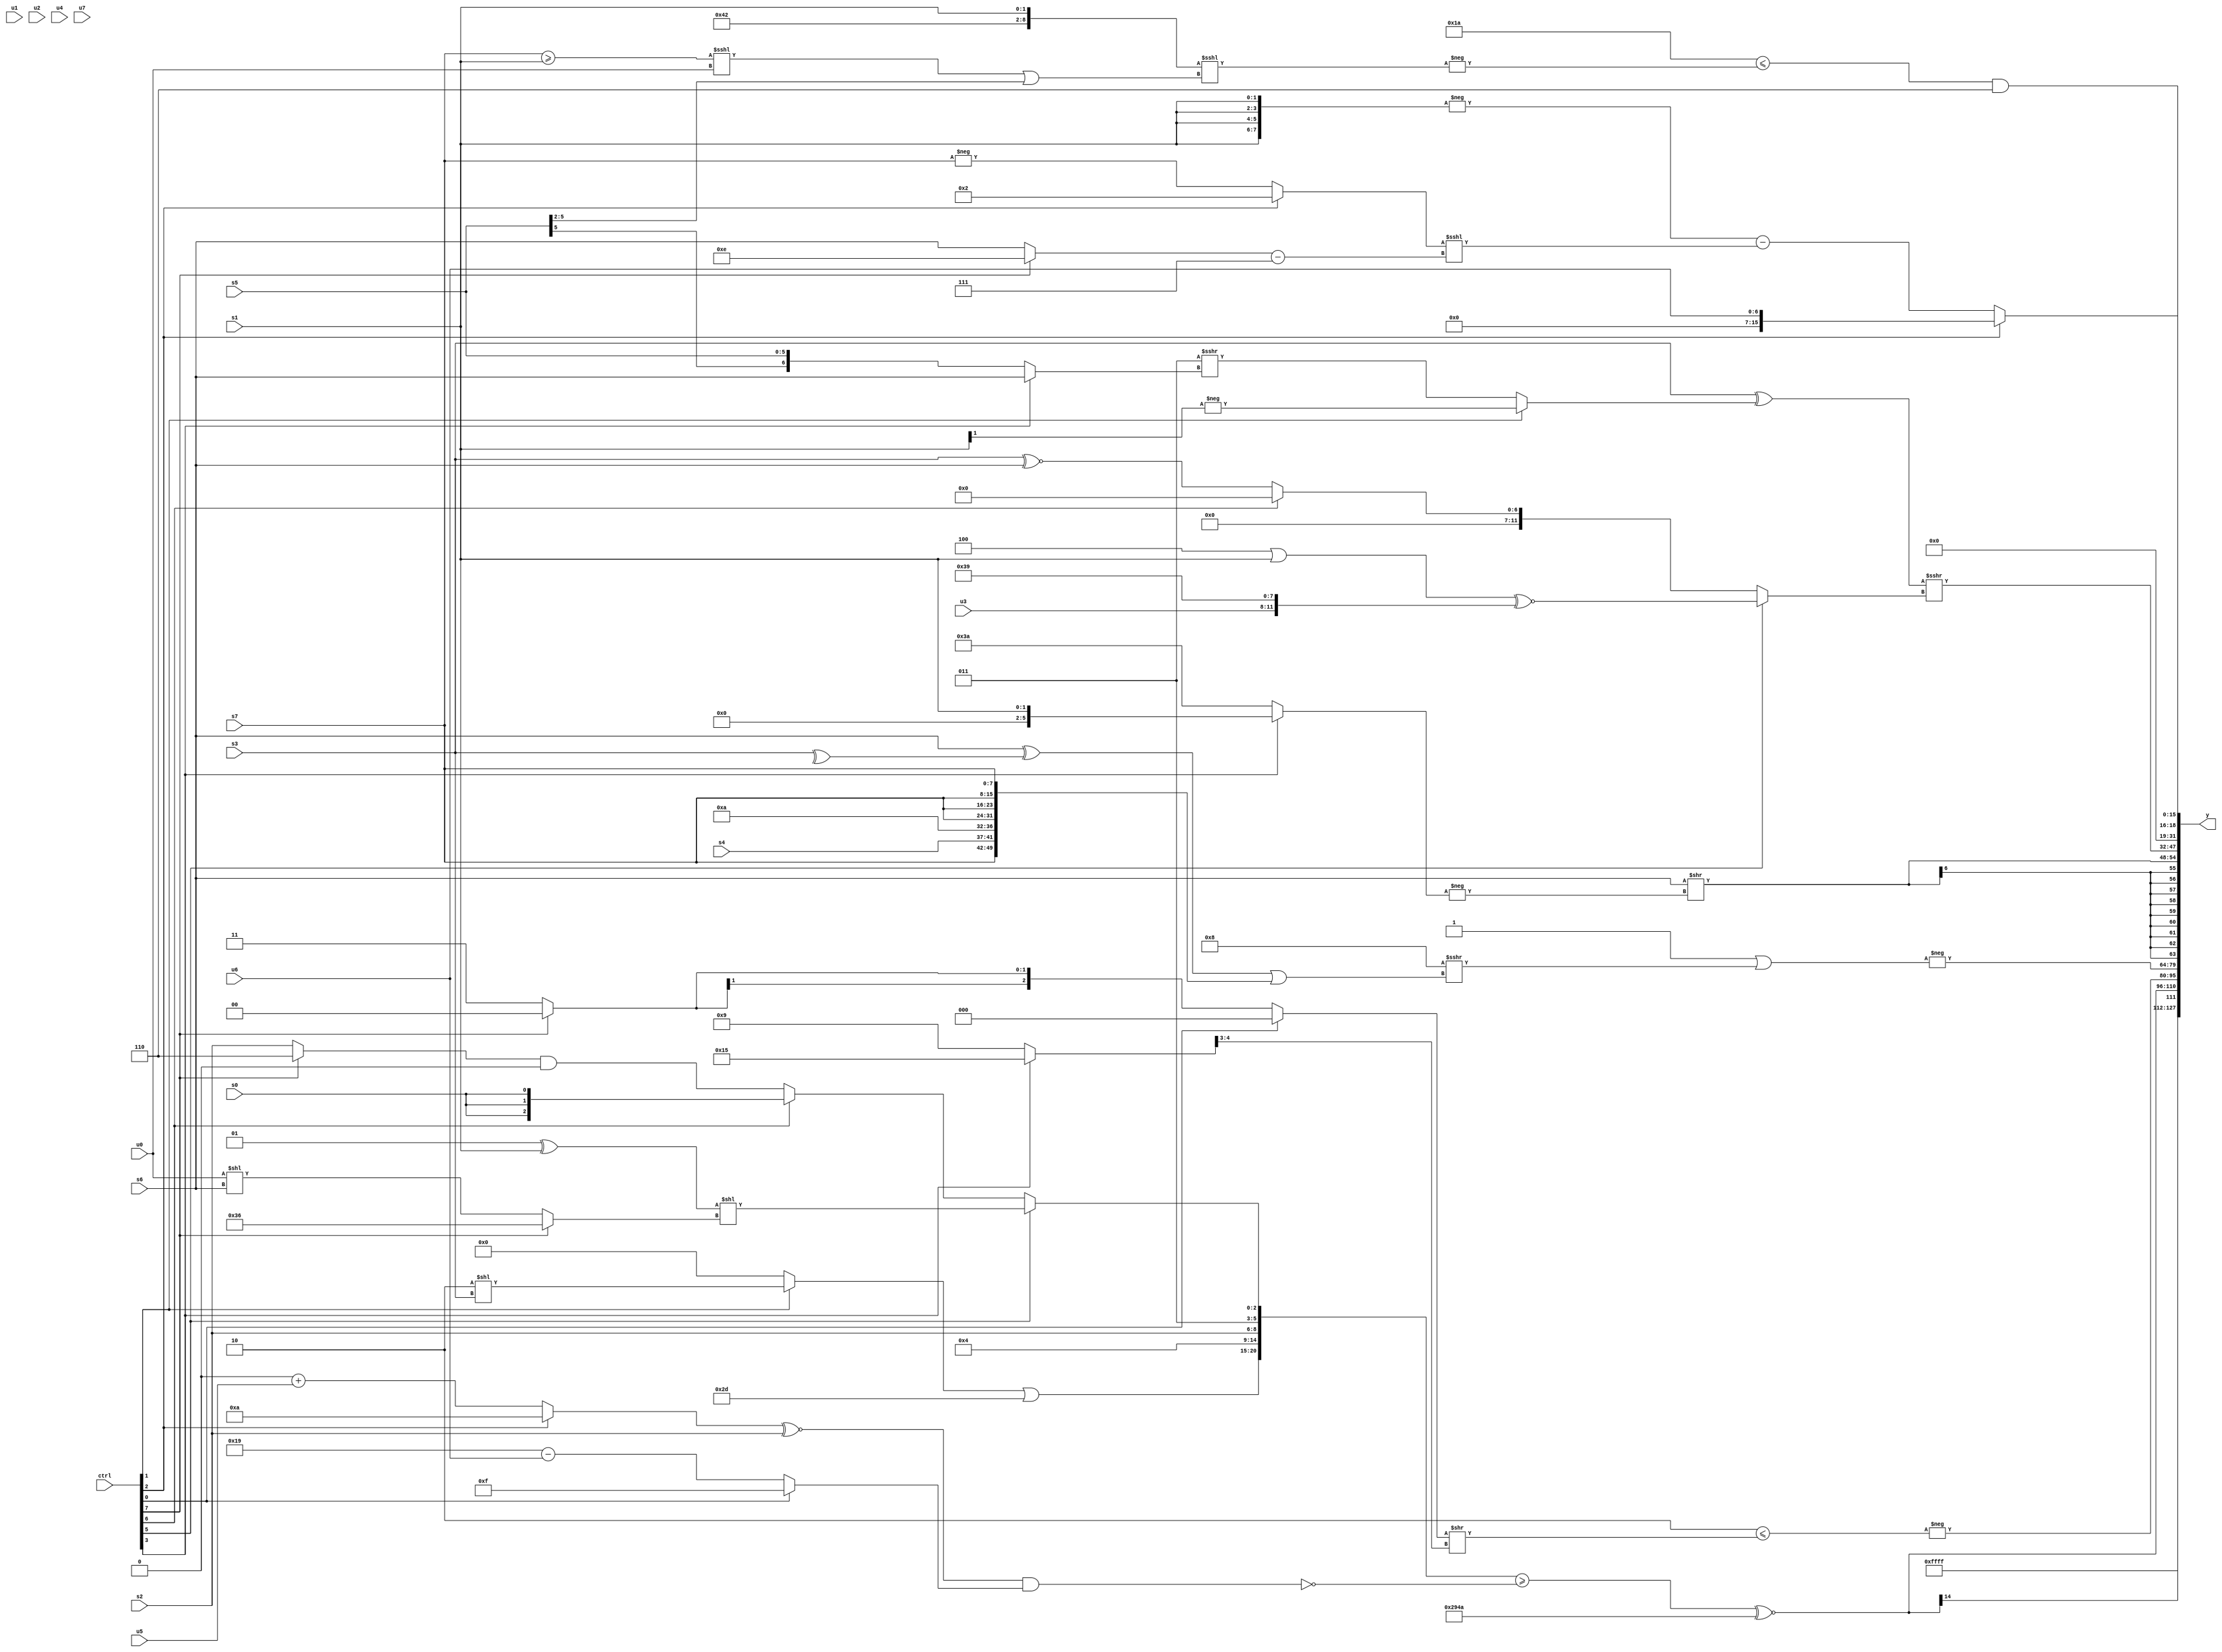
module wideexpr_00754(ctrl, u0, u1, u2, u3, u4, u5, u6, u7, s0, s1, s2, s3, s4, s5, s6, s7, y);
  input [7:0] ctrl;
  input [0:0] u0;
  input [1:0] u1;
  input [2:0] u2;
  input [3:0] u3;
  input [4:0] u4;
  input [5:0] u5;
  input [6:0] u6;
  input [7:0] u7;
  input signed [0:0] s0;
  input signed [1:0] s1;
  input signed [2:0] s2;
  input signed [3:0] s3;
  input signed [4:0] s4;
  input signed [5:0] s5;
  input signed [6:0] s6;
  input signed [7:0] s7;
  output [127:0] y;
  wire [15:0] y0;
  wire [15:0] y1;
  wire [15:0] y2;
  wire [15:0] y3;
  wire [15:0] y4;
  wire [15:0] y5;
  wire [15:0] y6;
  wire [15:0] y7;
  assign y = {y0,y1,y2,y3,y4,y5,y6,y7};
  assign y0 = 6'sb111111;
  assign y1 = $signed((({$signed(((ctrl[1]?(3'sb010)<<(s3):(s0)>>(4'b1100)))|(6'b101101)),(1'sb1)+({6'sb000011}),{s2,3'sb011},(ctrl[5]?(($signed(2'sb01))^($signed(s1)))<<((ctrl[7]?6'b110110:(u0)<<(s6))):(ctrl[6]?$signed(s0):((ctrl[7]?2'sb10:s2))&((2'sb00)>>>(5'b10011))))})>=(((((ctrl[2]?(4'sb1010)-(3'sb000):(1'b0)+(u5)))^~($signed(s2)))&((ctrl[0]?{4{1'sb1}}:(6'sb011001)-(u6))))==({3{$signed(+(1'b0))}})))^~({3{5'b01010}}));
  assign y2 = -((3'sb010)<=($unsigned(((ctrl[0]?(s2)>>(4'sb1111):(ctrl[7]?2'sb00:1'sb1)))>>(((ctrl[3]?6'sb010101:4'b1001))>>>({1{3'b011}})))));
  assign y3 = -((1'sb1)|((6'sb001000)>>>(($signed((s6)^(^(s3))))|($signed({+(s7),$signed(s4),5'b01010,{4{s7}}})))));
  assign y4 = $signed((s6)>>(+(+(-($unsigned((ctrl[3]?$unsigned(s1):(2'sb10)^(6'sb111000))))))));
  assign y5 = ((s3)^((ctrl[1]?-((s1)>>>(3'sb001)):($signed(4'sb0011))>>>((ctrl[3]?s6:s5)))))>>>((ctrl[5]?((5'sb00100)|($signed(s1)))^~($signed({u3,4'b0011,4'sb1001})):(ctrl[6]?+((1'sb0)<=(5'sb11101)):$signed((s3)^~(s6)))));
  assign y6 = (($signed(5'sb11010))<=(-(({4'sb0010,5'sb00010,s1})<<<((+(((s7)>=(s1))<<<(u0)))|((s5)>>>(6'sb000010))))))&(3'sb110);
  assign y7 = (ctrl[2]?+(u6):(-($signed({4{s1}})))-(((ctrl[2]?$signed(3'sb010):-(s7)))<<<(((ctrl[7]?4'b1110:s6))-(4'b0111))));
endmodule